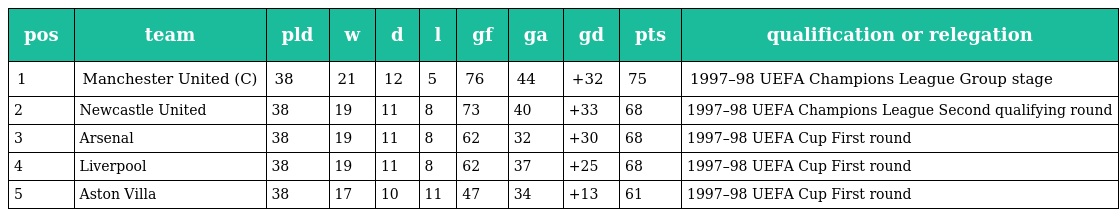
| pos | team | pld | w | d | l | gf | ga | gd | pts | qualification or relegation |
 | --- | --- | --- | --- | --- | --- | --- | --- | --- | --- | --- |
 | 1 | Manchester United (C) | 38 | 21 | 12 | 5 | 76 | 44 | +32 | 75 | 1997–98 UEFA Champions League Group stage |
 | 2 | Newcastle United | 38 | 19 | 11 | 8 | 73 | 40 | +33 | 68 | 1997–98 UEFA Champions League Second qualifying round |
 | 3 | Arsenal | 38 | 19 | 11 | 8 | 62 | 32 | +30 | 68 | 1997–98 UEFA Cup First round |
 | 4 | Liverpool | 38 | 19 | 11 | 8 | 62 | 37 | +25 | 68 | 1997–98 UEFA Cup First round |
 | 5 | Aston Villa | 38 | 17 | 10 | 11 | 47 | 34 | +13 | 61 | 1997–98 UEFA Cup First round |